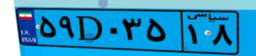
۴۳D۰۵۹۲۹